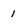
Character: 1